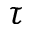
\tau